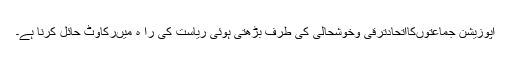
اپوزیشن جماعتوںکااتحادترقی وخوشحالی کی طرف بڑھتی ہوئی ریاست کی را ہ میںرکاوٹ حائل کرنا ہے۔